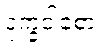
ဒုက္ခဝါစော